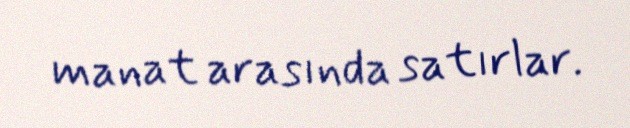
manat arasında satırlar.